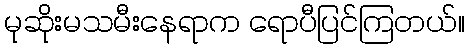
မုဆိုးမသမီးနေရာက ရောပီပြင်ကြတယ်။